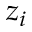
z _ { i }